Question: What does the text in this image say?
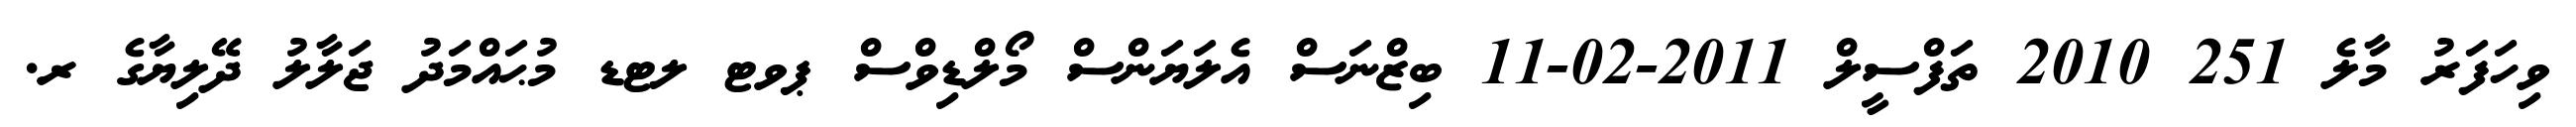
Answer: ވިހަފަރު މާލެ 251 2010 ތަފްސީލް 2011-02-11 ބިޒްނަސް އެލަޔަންސް މޯލްޑިވްސް ޕވޓ ލޓޑ މުޙައްމަދު ޖަލާލު ދޭލިޔާގެ ރ.